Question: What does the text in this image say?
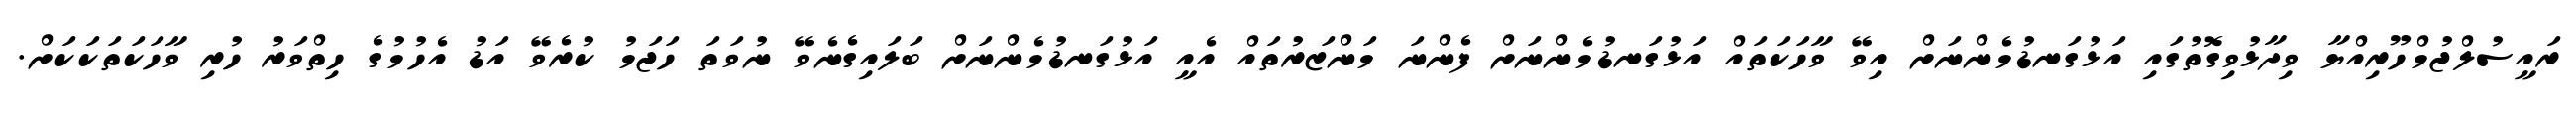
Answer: ރައީސުލްޖުމްހޫރިއްޔާ ވިދާޅުވިގޮތުގައި އަޅުގަނޑުމެންނަށް އިވޭ ވާހަކަތައް އަޅުގަނޑުމެންނަށް ފެންނަ މަންޒަރުތައް އެއީ އަޅުގަނޑުމެންނަށް ބަލައިގެނެވޭ ނުވަތަ ހަޖަމު ކުރެވޭ އަޑު އެހުމުގެ ހިތްވަރު ހުރި ވާހަކަތަކަކަށް.